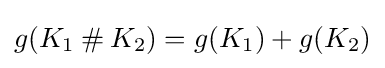
g(K_{1}\mathbin {\#} K_{2})=g(K_{1})+g(K_{2})